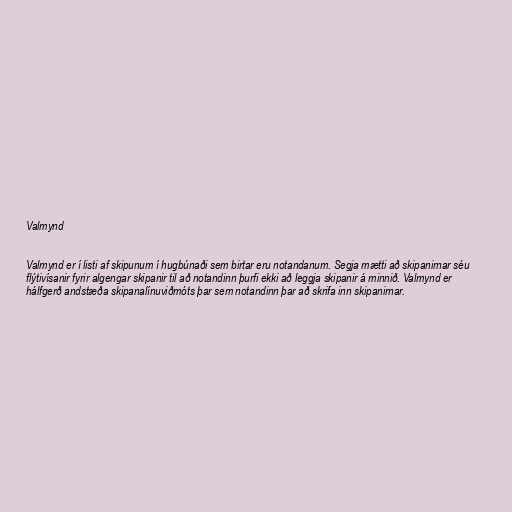
Valmynd

Valmynd er í listi af skipunum í hugbúnaði sem birtar eru notandanum. Segja mætti að skipanirnar séu
flýtivísanir fyrir algengar skipanir til að notandinn þurfi ekki að leggja skipanir á minnið. Valmynd er
hálfgerð andstæða skipanalínuviðmóts þar sem notandinn þar að skrifa inn skipanirnar.